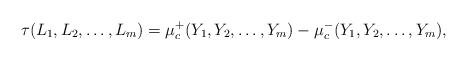
LaTeX: \begin{align*} \tau(L_1,L_2,\dots,L_m)= \mu_c^{+}(Y_1,Y_2,\dots,Y_m)-\mu_c^{-}(Y_1,Y_2,\dots,Y_m),\end{align*}